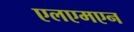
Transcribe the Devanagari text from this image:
एलएमएन